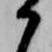
か